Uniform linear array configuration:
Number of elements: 16
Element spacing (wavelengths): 0.75
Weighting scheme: blackman
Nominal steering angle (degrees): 45
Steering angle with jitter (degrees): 45.836
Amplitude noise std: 0.05
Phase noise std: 0.05

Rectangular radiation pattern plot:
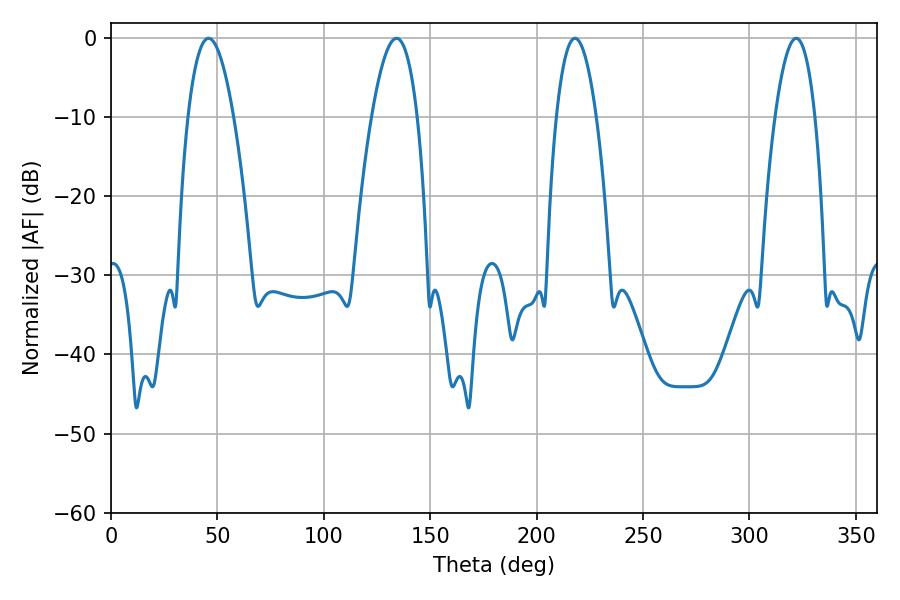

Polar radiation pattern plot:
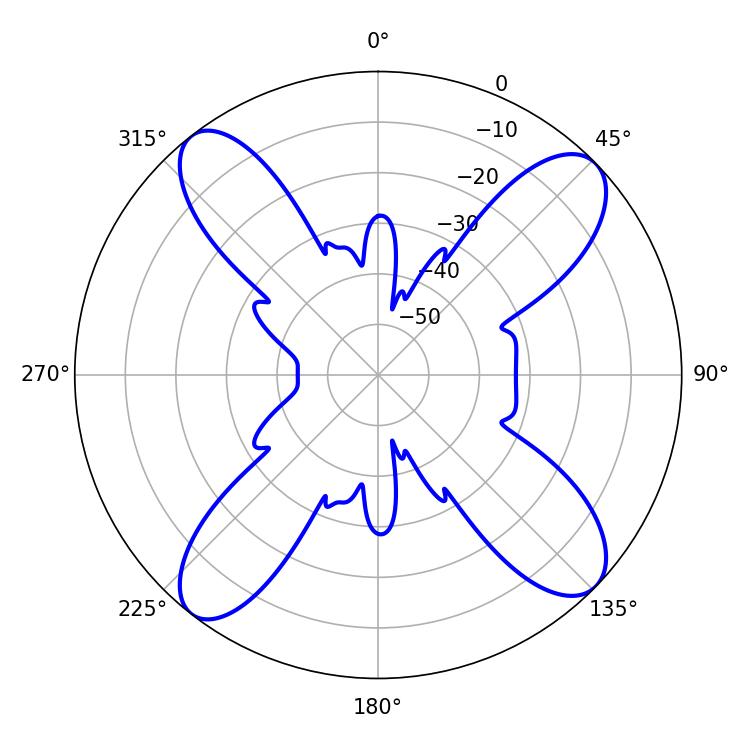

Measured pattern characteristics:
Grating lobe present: TRUE
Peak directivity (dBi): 14.022
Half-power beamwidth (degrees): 10.26
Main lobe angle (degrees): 217.98